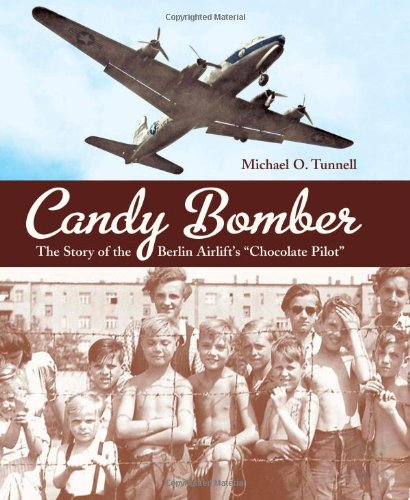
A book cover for Candy Bomber; Michael O. Tunnell; Children's Books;